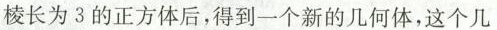
棱长为3的正方体后，得到一个新的几